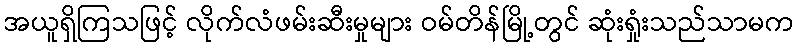
အယူရှိကြသဖြင့် လိုက်လံဖမ်းဆီးမှုများ ဝမ်တိန်မြို့တွင် ဆုံးရှုံးသည်သာမက